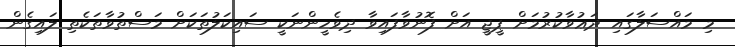
މި މައްސަލާގައި ދަޢުވާކުރުމަށް ޕީޖީ އަށް ފޮނުވާފައިވާ ދިވެހީންނަކީ ސައިކަލުތަކަށް މަސްތުވާތަކެތި ލައިގެން